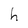
Character: h